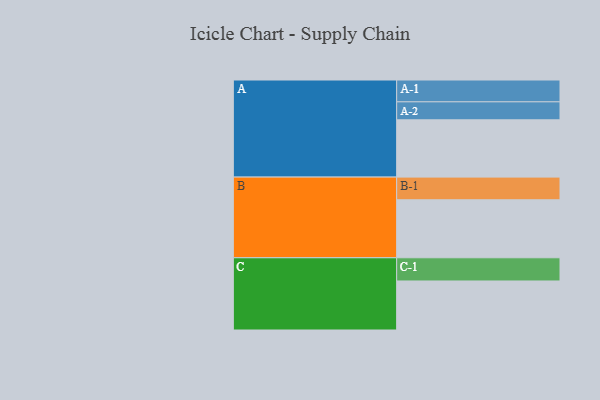
{"axis": {"x": "Segment", "y": "Value"}, "legend": ["", "A", "B", "C"], "data": [{"x": "A", "y": 548, "type": ""}, {"x": "B", "y": 555, "type": ""}, {"x": "C", "y": 469, "type": ""}, {"x": "A-1", "y": 209, "type": "A"}, {"x": "A-2", "y": 172, "type": "A"}, {"x": "B-1", "y": 217, "type": "B"}, {"x": "C-1", "y": 222, "type": "C"}]}